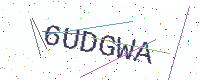
Text: 6UDGWA